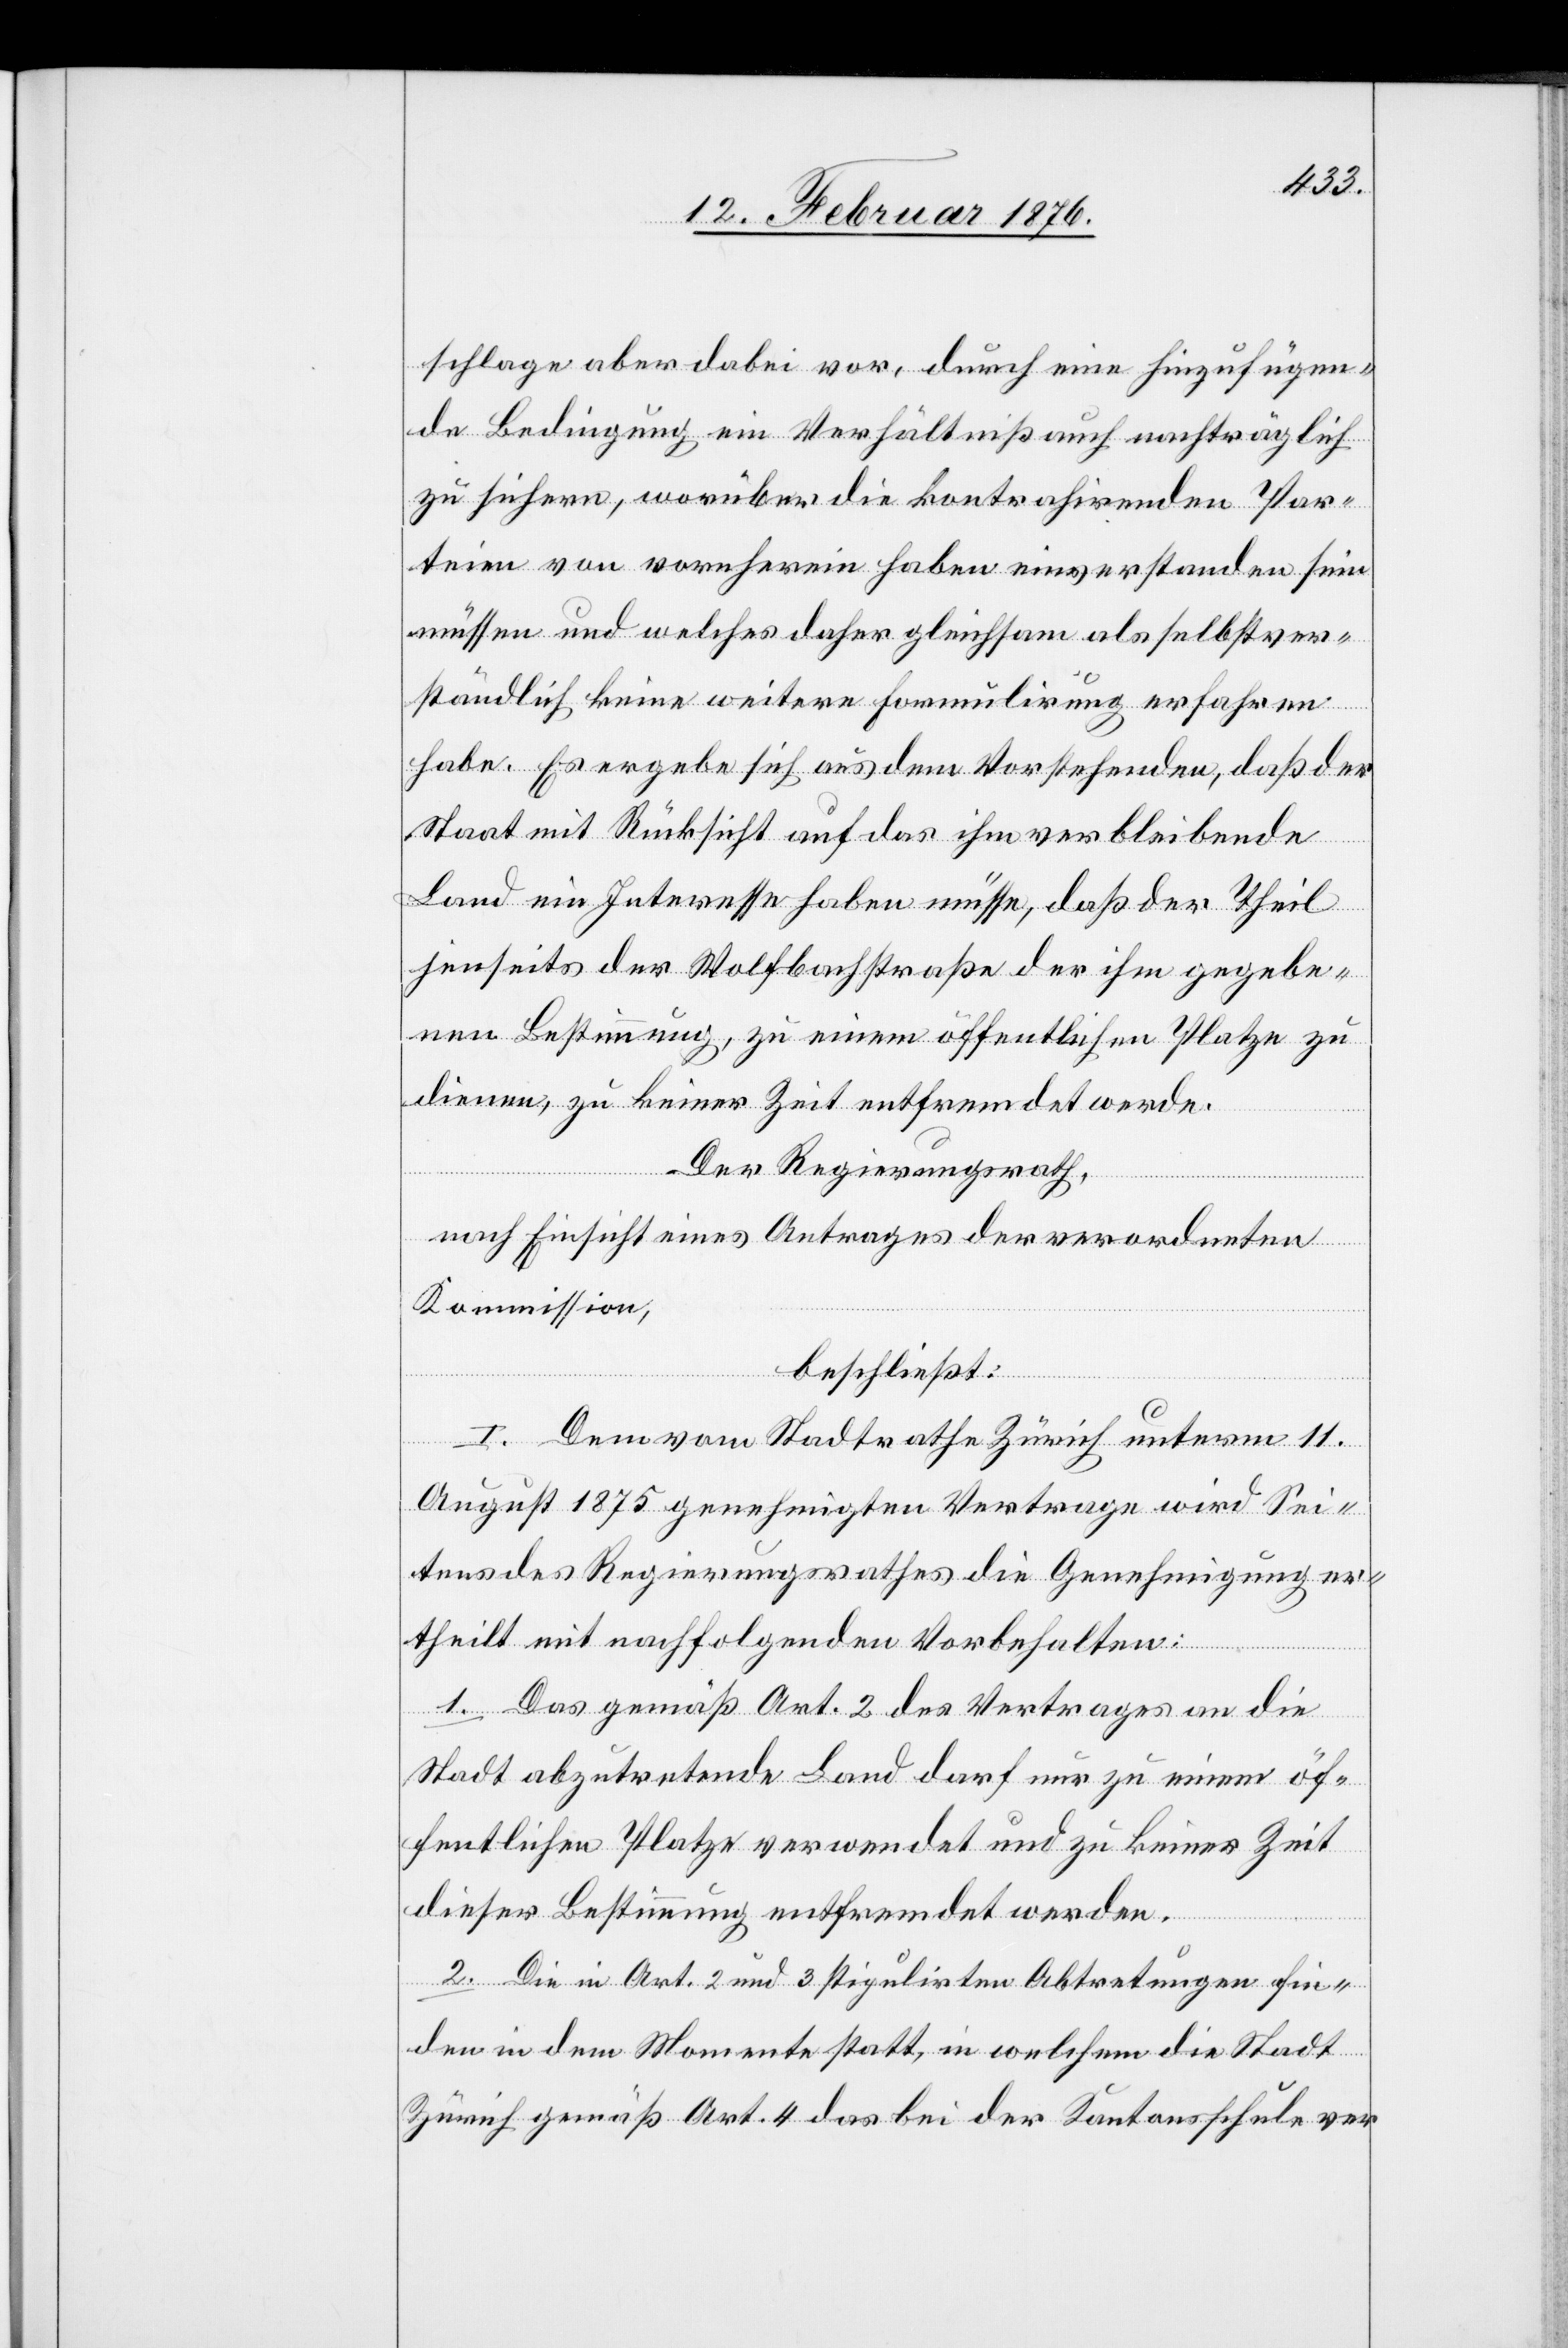
schlage aber dabei vor, durch eine hinzufügen¬
de Bedingung ein Verhältniß auch nachträglich
zu sichern, worüber die kontrahirenden Par¬
teien von vornherein haben einverstanden sein
müssen und welches daher gleichsam als selbstver¬
ständlich keine weitere Formulirung erfahren
habe. Es ergebe sich aus dem Vorstehenden, daß der
Staat mit Rücksicht auf das ihm verbleibende
Land ein Interesse haben müsse, daß der Theil
jenseits der Wolfbachstraße der ihm gegebe¬
nen Bestimmung, zu einem öffentlichen Platze zu
dienen, zu keiner Zeit entfremdet werde.
Der Regierungsrath,
nach Einsicht eines Antrages der verordneten
Kommission,
beschließt:
I. Dem vom Stadtrathe Zürich unterm 11.
August 1875 genehmigten Vertrage wird Sei¬
tens des Regierungsrathes die Genehmigung er¬
theilt mit nachfolgenden Vorbehalten:
1) Das gemäß Art. 2 des Vertrages an die
Stadt abzutretende Land darf nur zu einem öf¬
fentlichen Platze verwendet und zu keiner Zeit
dieser Bestimmung entfremdet werden.
2) Die in Art. 2 und 3 stipulirten Abtretungen fin¬
den in dem Momente statt, in welchem die Stadt
Zürich gemäß Art. 4 das bei der Kantonsschule ver-